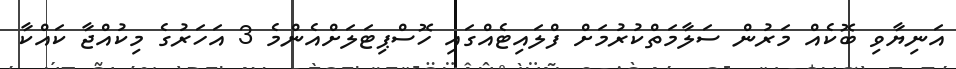
އަނިޔާވި ބޮކެއް މަރުން ސަލާމަތްކުރުމަށް ފްލައިޓެއްގައި ހޮސްޕިޓަލަށްއެންމެ 3 އަހަރުގެ މިކުއްޖާ ކައްކާ